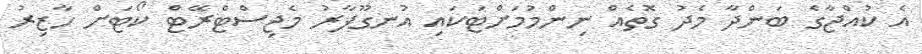
އެ ކުއްޖާގެ ބަންދާ މެދު ގޮތެއް ނިންމުމަށްޓަކައި އުނގޫފާރު މެޖިސްޓްރޭޓް ކޯޓަށް ހާޒިރު